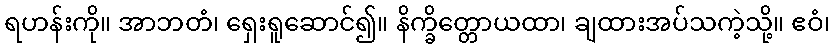
ရဟန်းကို။ အာဘတံ၊ ရှေးရူဆောင်၍။ နိက္ခိတ္တောယထာ၊ ချထားအပ်သကဲ့သို့။ ဧဝံ၊